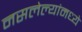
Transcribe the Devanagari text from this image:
नसलेल्यांमध्ये